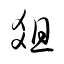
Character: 爼